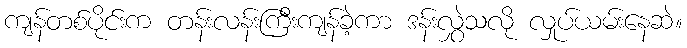
ကျန်တစ်ပိုင်းက တန်းလန်းကြီးကျန်ခဲ့ကာ ဒန်းလွှဲသလို လှုပ်ယမ်းနေဆဲ။